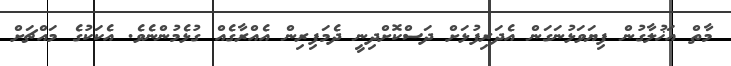
މާތް އަޚުލާގުން ފިޔަވަޅުނަގަން އެދަރިފުޅަށް ދަސްކޮށްދިނީ ދެމަފިރިން އެއްރާގެއް ގުޅެމުންނެވެ. އެކަކުގެ މައްޗަށް